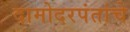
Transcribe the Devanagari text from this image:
दामोदरपंतांचे